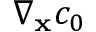
\nabla _ { \mathbf x } c _ { 0 }